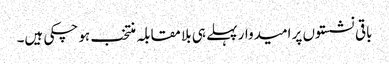
باقی نشستوں پر امیدوار پہلے ہی بلا مقابلہ منتخب ہو چکی ہیں۔